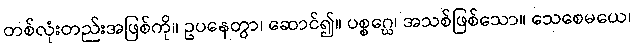
တစ်လုံးတည်းအဖြစ်ကို။ ဥပနေတွာ၊ ဆောင်၍။ ပစ္စဂ္ဃေ၊ အသစ်ဖြစ်သော။ သေစေမယေ၊